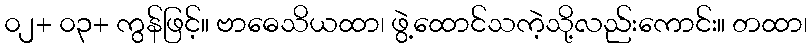
၀၂+ ၀၃+ ကွန်ဖြင့်။ ဗာဓေသိယထာ၊ ဖွဲ့ထောင်သကဲ့သို့လည်းကောင်း။ တထာ၊